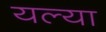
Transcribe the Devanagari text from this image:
यल्या